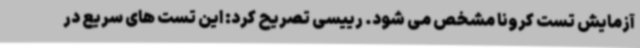
آزمایش تست کرونا مشخص می شود. رییسی تصریح کرد: این تست های سریع در